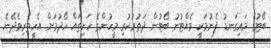
ބޯޓުގެ މައިގަނޑު ފެނުމަކީ ވެއްޓުނު ބޯޓުން ދަތުރުކުރި މީހުންގެ ހަށިތައް ހޯދުމަށް އެހީތެރިވެދޭނެ